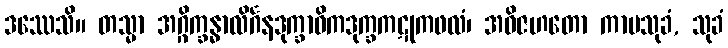
ဒဿေသိ။ တသ္မာ အဂ္ဂိက္ခန္ဓာလိင်္ဂနဒုက္ခာဓိကဒုက္ခကဋုကဖလံ၊ အဝိဇဟတော ကာမသုခံ, သုခံ